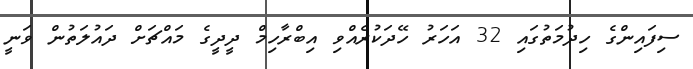
ސިފައިންގެ ހިދުމަތުގައި 32 އަހަރު ހޭދަކުރެއްވި އިބްރާހިމް ދީދީގެ މައްޗަށް ދައުލަތުން ވަނީ